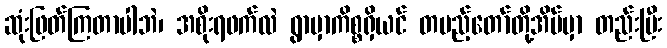
ဆုံးဖြတ်ကြတာပါဘဲ၊ အစိုးရဖက်လဲ ရွာမှာကိစ္စရှိယင် တပည့်တော်တို့အိမ်မှာ တည်းပြီး